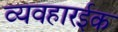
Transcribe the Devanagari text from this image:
व्यवहारईक